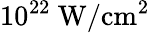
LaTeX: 10^{22}~\mathrm{W/cm^{2}}